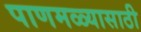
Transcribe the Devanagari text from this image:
पाणमळ्यासाठी